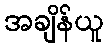
အချိန်ယူ